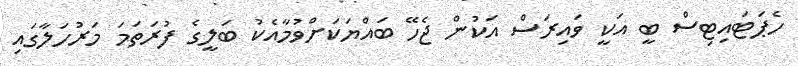
ހެޕަޓައިޓިސް ބީ އަކީ ވައިރަސް އަކުން ޖެހޭ ބައްޔަކަށްވުމާއެކު ބަލީގެ ފުރަތަމަ މަރުހަލާގައި